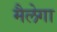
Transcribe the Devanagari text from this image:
मैलेगा